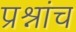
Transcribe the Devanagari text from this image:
प्रश्नांच